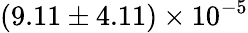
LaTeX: (9.11\pm 4.11)\times 10^{-5}